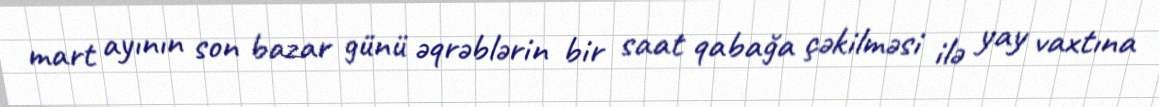
mart ayının son bazar günü əqrəblərin bir saat qabağa çəkilməsi ilə yay vaxtına